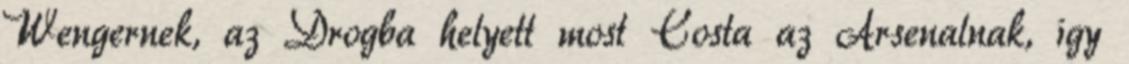
Wengernek, az Drogba helyett most Costa az Arsenalnak, így